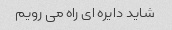
شاید دایره ای راه می رویم